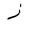
Letter: _zay